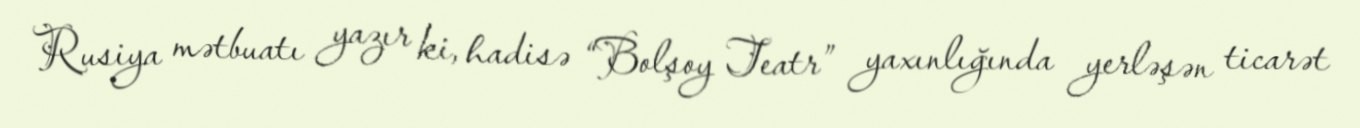
Rusiya mətbuatı yazır ki, hadisə “Bolşoy Teatr” yaxınlığında yerləşən ticarət